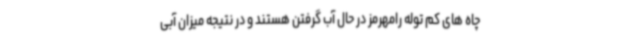
چاه های کم توله رامهرمز در حال آب گرفتن هستند و در نتیجه میزان آبی